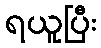
ရယူပြီး